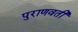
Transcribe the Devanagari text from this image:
पुराणवती